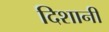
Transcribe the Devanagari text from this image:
दिशानी